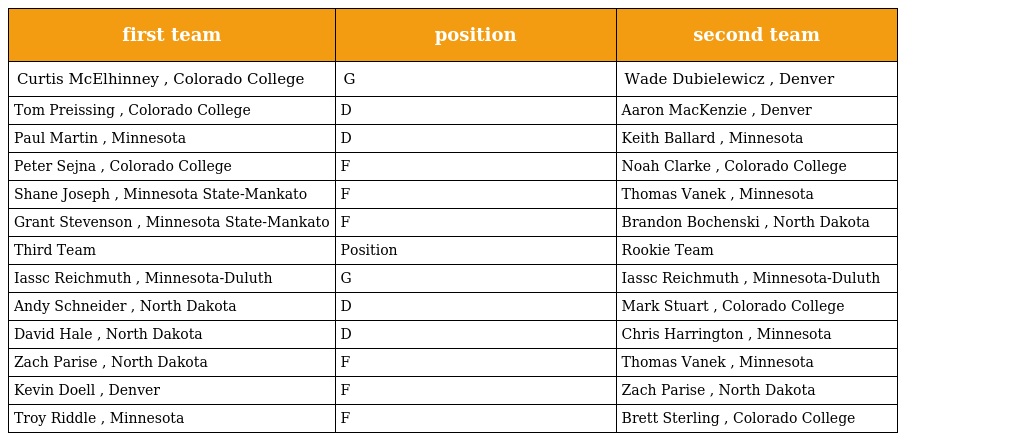
| first team | position | second team |
 | --- | --- | --- |
 | Curtis McElhinney , Colorado College | G | Wade Dubielewicz , Denver |
 | Tom Preissing , Colorado College | D | Aaron MacKenzie , Denver |
 | Paul Martin , Minnesota | D | Keith Ballard , Minnesota |
 | Peter Sejna , Colorado College | F | Noah Clarke , Colorado College |
 | Shane Joseph , Minnesota State-Mankato | F | Thomas Vanek , Minnesota |
 | Grant Stevenson , Minnesota State-Mankato | F | Brandon Bochenski , North Dakota |
 | Third Team | Position | Rookie Team |
 | Iassc Reichmuth , Minnesota-Duluth | G | Iassc Reichmuth , Minnesota-Duluth |
 | Andy Schneider , North Dakota | D | Mark Stuart , Colorado College |
 | David Hale , North Dakota | D | Chris Harrington , Minnesota |
 | Zach Parise , North Dakota | F | Thomas Vanek , Minnesota |
 | Kevin Doell , Denver | F | Zach Parise , North Dakota |
 | Troy Riddle , Minnesota | F | Brett Sterling , Colorado College |